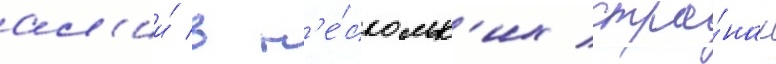
ал'ии́ в н'е́скольк'их стра́нах